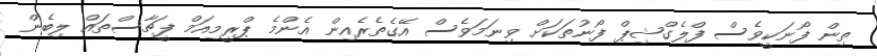
ތިން ފޯނަކީވެސް ފްލެގްޝިޕް ފޯނުތަކަށް ވިނަމަވެސް އޭގެތެރެއިން އެންމެ ޕްރީމިއަމް ފީޗާސްތައް ލިބެން